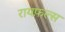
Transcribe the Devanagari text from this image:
रायफ़ल्स